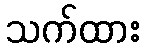
သက်ထား